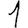
Digit: 1